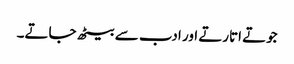
جوتے اتارتے اور ادب سے بیٹھ جاتے۔